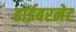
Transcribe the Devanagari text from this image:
हाईबरनेट